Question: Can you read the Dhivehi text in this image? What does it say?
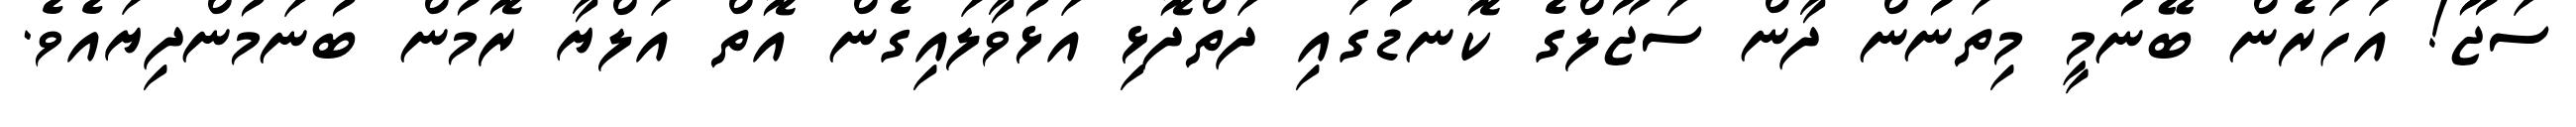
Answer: ސަޖޫޫ! އަހަރެން ބޭނުމީ މިތަނުން ދާން ސަޖޫލްގެ ކޮނޑުގައި ދަތްދޮޅި އަޅުވާލައިގެން އޮތް އަލްޔާ ރޮމުން ބުނަމުންދިޔައެވެ.